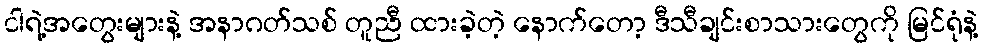
ငါရဲ့အတွေးများနဲ့ အနာဂတ်သစ် တူညီ ထားခဲ့တဲ့ နောက်တော့ ဒီသီချင်းစာသားတွေကို မြင်ရုံနဲ့